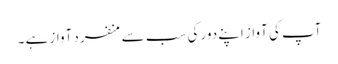
آپ کی آواز اپنے دور کی سب سے منفرد آواز ہے ۔